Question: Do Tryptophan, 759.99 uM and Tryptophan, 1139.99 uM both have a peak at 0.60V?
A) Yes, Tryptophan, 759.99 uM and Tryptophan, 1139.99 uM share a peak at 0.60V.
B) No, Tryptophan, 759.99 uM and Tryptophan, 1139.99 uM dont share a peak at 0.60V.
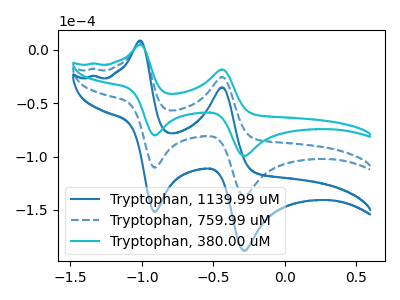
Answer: <think>The blue curve "Tryptophan, 1139.99 uM" has anodic peaks at (-1.00V, 12.15uA) (-0.45V, -51.25uA) and cathodic peaks at (-0.90V, -220.75uA) (-0.30V, -273.60uA). The blue dashed curve "Tryptophan, 759.99 uM" has anodic peaks at (-1.00V, 6.05uA) (-0.45V, -25.60uA) and cathodic peaks at (-0.90V, -110.35uA) (-0.30V, -136.80uA). The cyan curve "Tryptophan, 380.00 uM" has anodic peaks at (-1.00V, 4.40uA) (-0.45V, -18.65uA) and cathodic peaks at (-0.90V, -80.25uA) (-0.30V, -99.50uA).</think>
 <answer>B) No, "Tryptophan, 759.99 uM" and "Tryptophan, 1139.99 uM" dont share a peak at 0.60V.</answer>
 <eval>B</eval>